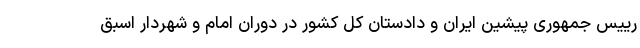
رییس جمهوری پیشین ایران و دادستان کل کشور در دوران امام و شهردار اسبق